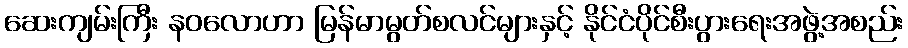
ဆေးကျမ်းကြီး နဝလောဟာ မြန်မာမွတ်စလင်များနှင့် နိုင်ငံပိုင်စီးပွားရေးအဖွဲ့အစည်း